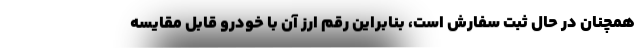
همچنان در حال ثبت سفارش است، بنابراین رقم ارز آن با خودرو قابل مقایسه